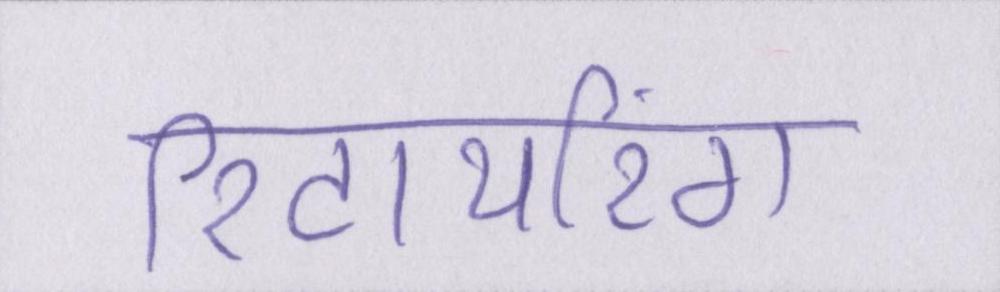
रिटायरिंग